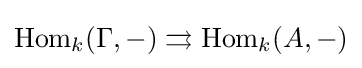
{\text{Hom}}_{k}(\Gamma ,-)\rightrightarrows {\text{Hom}}_{k}(A,-)